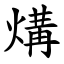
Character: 煹